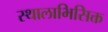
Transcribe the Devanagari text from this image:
स्थालाभिसिक्त